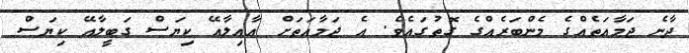
ދާނެ ޖަމާއަތެއްގެ މެންބަރެއްގެ ގޮތުގައެވެ. އެ ޖަމާއަތަށް އާއިލާއޭ ކިޔަސް ގަބީލާއޭ ކިޔަސް